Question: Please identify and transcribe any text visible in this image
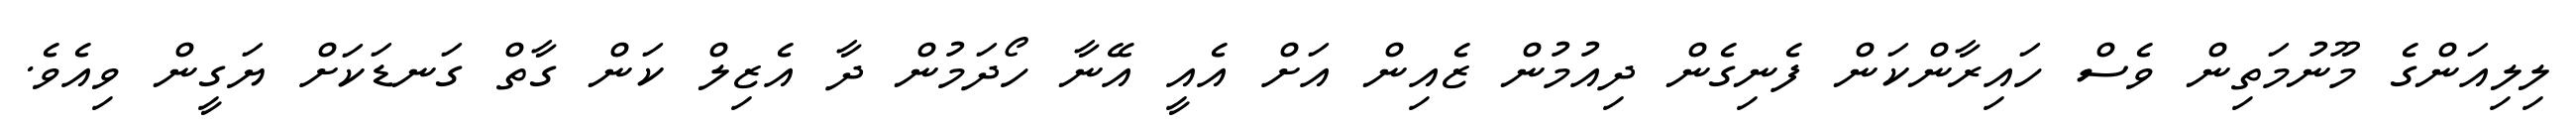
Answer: ލިލިއަންގެ މޫނުމަތިން ވެސް ހައިރާންކަން ފެނިގެން ދިއުމުން ޒެއިން އަށް އެއީ އޭނާ ހޯދަމުން ދާ އެޒިލް ކަން ގާތް ގަނޑަކަށް ޔަގީން ވިއެވެ.